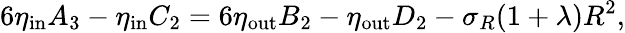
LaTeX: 6\eta_{\mathrm{in}}A_{3}-\eta_{\mathrm{in}}C_{2}=6\eta_{\mathrm{out}}B_{2}-\eta_{\mathrm{out}}D_{2}-\sigma_{R}(1+\lambda)R^{2},